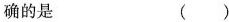
确的是 ( )